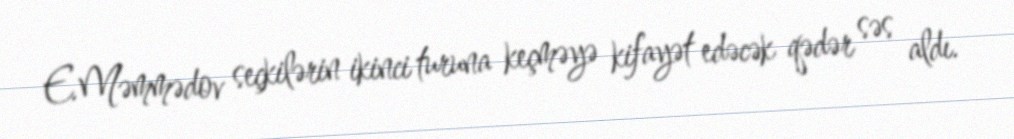
E.Məmmədov seçkilərin ikinci turuna keçməyə kifayət edəcək qədər səs aldı.